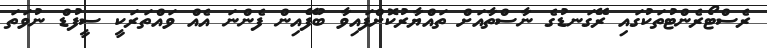
ރެސްޓޯރެންޓުތަކުގައި ރޭގަނޑުގެ ނާސްތާއަށް ތައްޔާރުކޮށްފައިވާ ބުފޭއިން ފެންނަ އެއް ވައްތަރަކީ ސީފުޑް ނުވަތަ